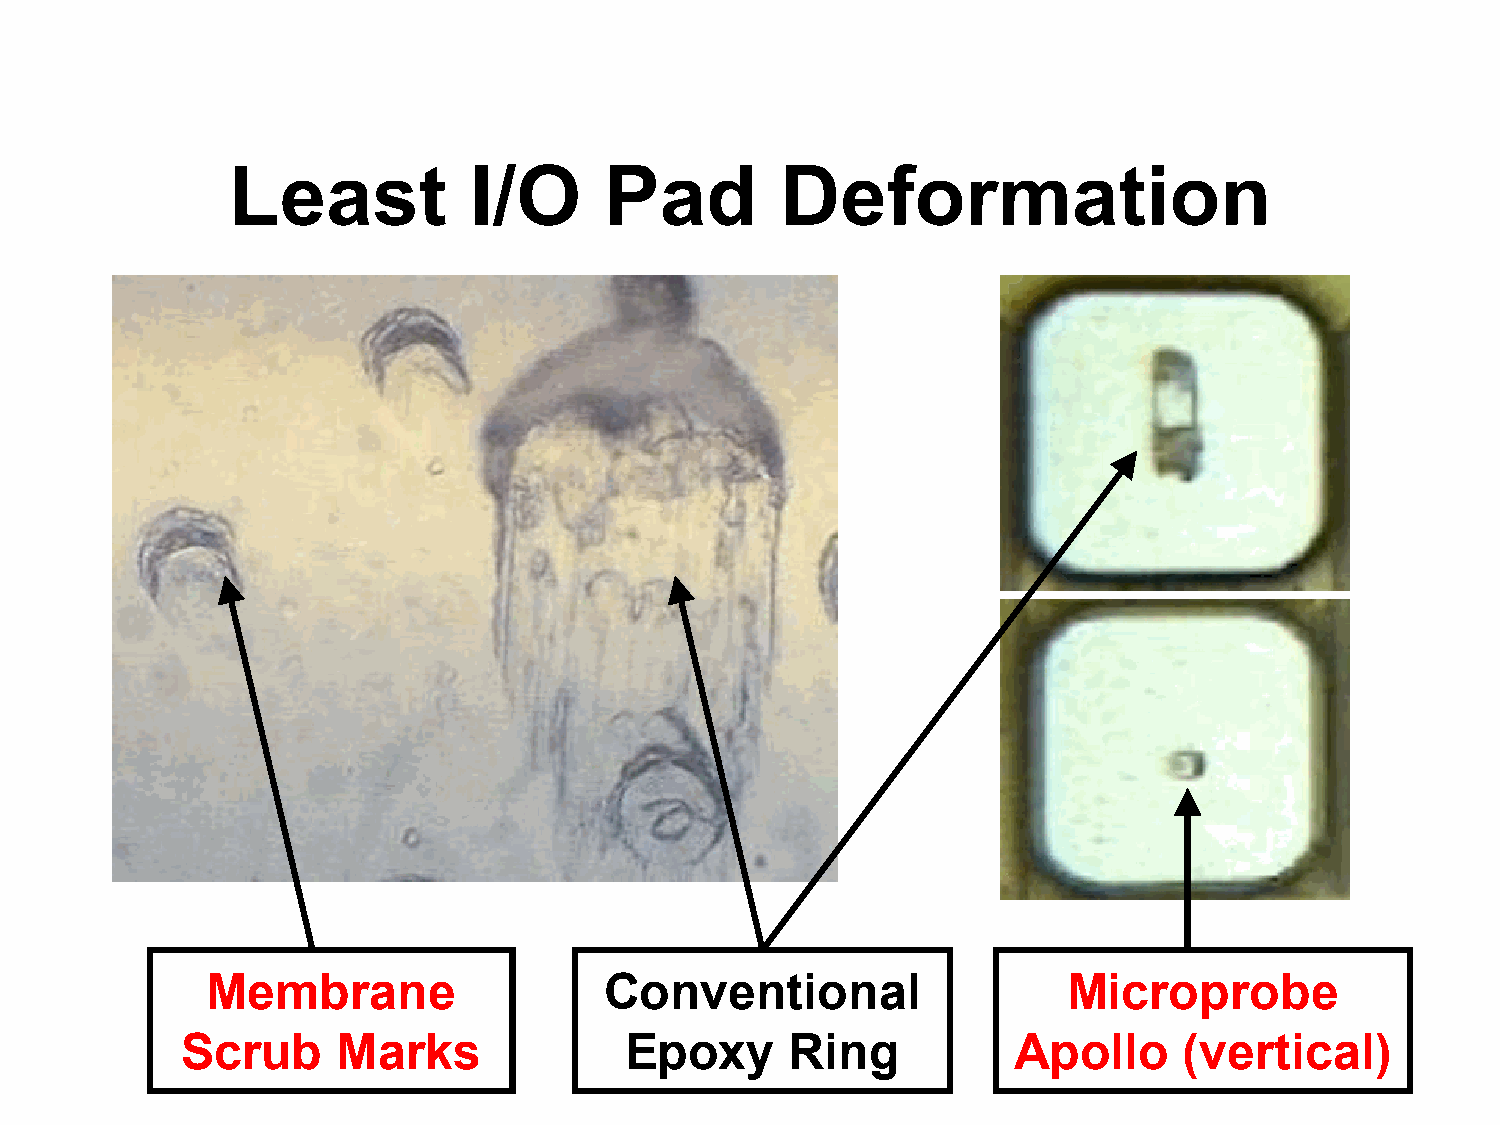
Least           I/O      Pad         Deformation
 Membrane                  Conventional                   Microprobe
 Scrub     Marks              Epoxy      Ring           Apollo     (vertical)